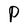
Character: P